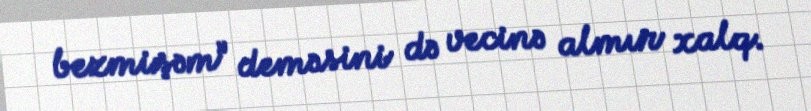
bezmişəm” deməsini də vecinə almır xalq.